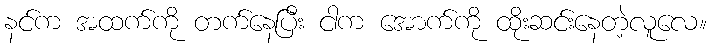
နင်က အထက်ကို တက်နေပြီး ငါက အောက်ကို ထိုးဆင်းနေတဲ့လူလေ။